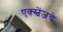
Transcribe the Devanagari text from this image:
एक्स्चेंजचे